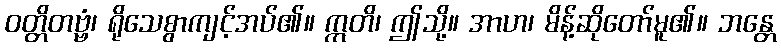
ဝတ္တိတဗ္ဗံ၊ ရိုသေစွာကျင့်အပ်၏။ ဣတိ၊ ဤသို့။ အာဟ၊ မိန့်ဆိုတော်မူ၏။ ဘန္တေ